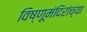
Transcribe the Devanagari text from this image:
विष्णूमंदिरांच्या